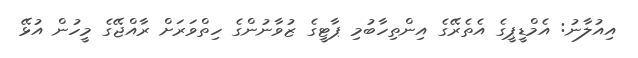
އިއުލާނު: އެމްޑީޕީގެ އެތެރޭގެ އިންތިހާބުމި ޕާޓީގެ ޒުވާނުންގެ ހިތްވަރަށް ރާއްޖޭގެ މީހުން އުޅޭ